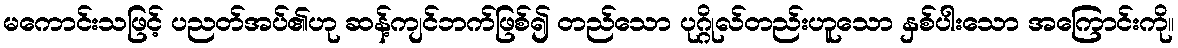
မကောင်းသဖြင့် ပညတ်အပ်၏ဟု ဆန့်ကျင်ဘက်ဖြစ်၍ တည်သော ပုဂ္ဂိုလ်တည်းဟူသော နှစ်ပါးသော အကြောင်းကို။